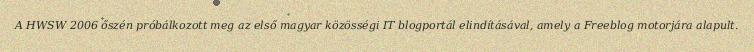
A HWSW 2006 őszén próbálkozott meg az első magyar közösségi IT blogportál elindításával, amely a Freeblog motorjára alapult.